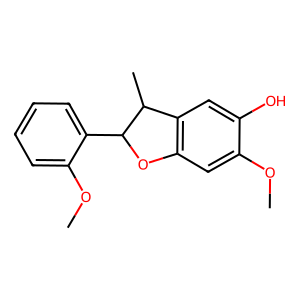
SMILES: COc1cc2c(cc1O)C(C)C(c1ccccc1OC)O2
Inhibits HIV replication: No